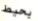
يحيط